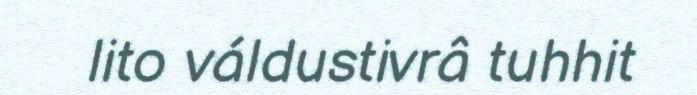
lito váldustivrâ tuhhit